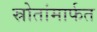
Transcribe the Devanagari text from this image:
स्रोतांमार्फत